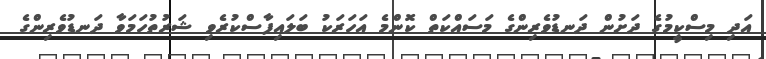
އަދި މިސްކީމުގެ ދަށުން ދަނޑުވެރިންގެ މަސައްކަތް ކޮންމެ އަހަރަކު ބަލައިފާސްކުރެވި ޝަރުތުހަމަވާ ދަނޑުވެރިންގެ